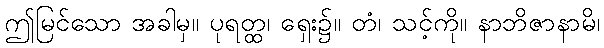
ဤမြင်သော အခါမှ။ ပုရတ္ထ၊ ရှေး၌။ တံ၊ သင့်ကို။ နာဘိဇာနာမိ၊